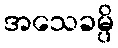
အသေခမ္ပိ